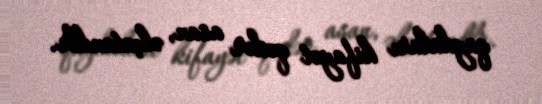
qaydaları kifayət qədər asan, əlçatandlr.